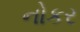
નોકર